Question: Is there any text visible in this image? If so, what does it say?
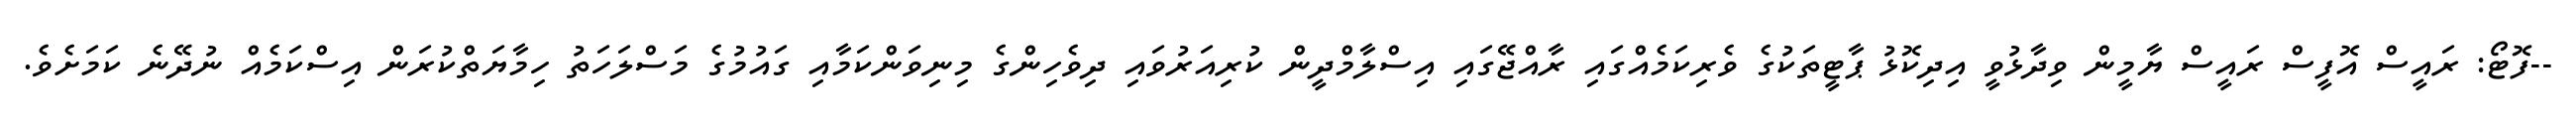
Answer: --ފޮޓޯ: ރައީސް އޮފީސް ރައީސް ޔާމީން ވިދާޅުވީ އިދިކޮޅު ޕާޓީތަކުގެ ވެރިކަމެއްގައި ރާއްޖޭގައި އިސްލާމްދީން ކުރިއަރުވައި ދިވެހިންގެ މިނިވަންކަމާއި ގައުމުގެ މަސްލަހަތު ހިމާޔަތްކުރަން އިސްކަމެއް ނުދޭނެ ކަމަށެވެ.